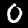
Label: 0